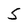
Character: 5